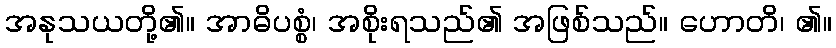
အနုသယတို့၏။ အာဓိပစ္စံ၊ အစိုးရသည်၏ အဖြစ်သည်။ ဟောတိ၊ ၏။